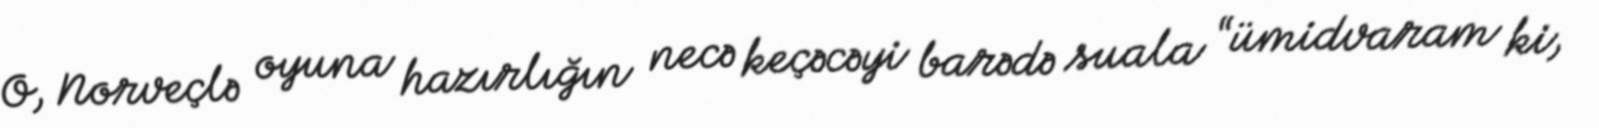
O, Norveçlə oyuna hazırlığın necə keçəcəyi barədə suala “ümidvaram ki,